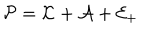
{ \mathcal P } = { \mathcal K } + \mathcal { A } + { \mathcal E } _ { + }